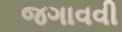
જગાવવી